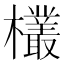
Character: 欉